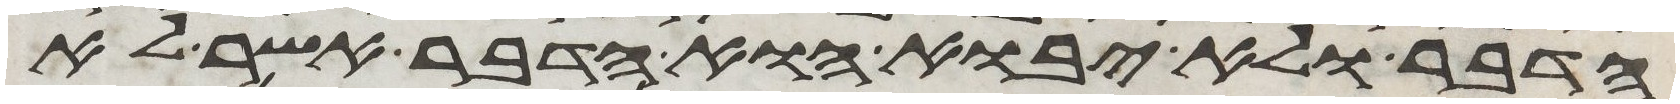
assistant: הדבר ולא יבוא הוא הדבר אשר לא